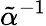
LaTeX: \tilde{\alpha}{}^{-1}